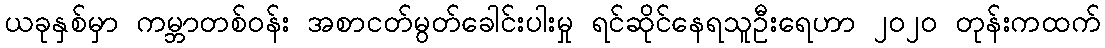
ယခုနှစ်မှာ ကမ္ဘာတစ်ဝန်း အစာငတ်မွတ်ခေါင်းပါးမှု ရင်ဆိုင်နေရသူဦးရေဟာ ၂၀၂၀ တုန်းကထက်